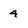
Character: 4